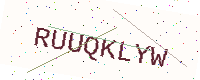
Text: RUUQKLYW